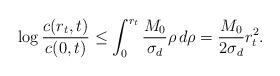
LaTeX: \begin{align*}\log \frac{c(r_{t},t)}{c(0,t)} \le \int_{0}^{r_{t}}\frac{M_{0}}{\sigma_{d}}\rho \,d\rho=\frac{M_{0}}{2\sigma_{d}}r_{t}^{2}.\end{align*}